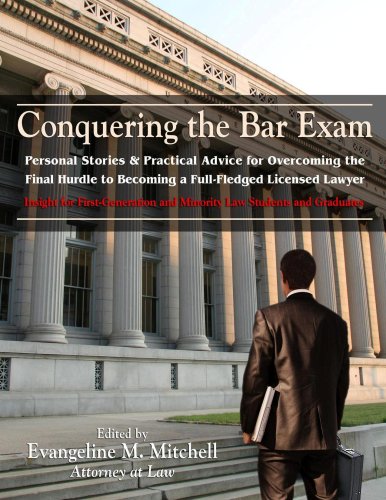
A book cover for Conquering the Bar Exam: Personal Stories & Practical Advice for Overcoming the Final Hurdle to Becoming a Full-Fledged Licensed Lawyer (Insight for ... ... and Minority Law Students and Graduates); Various Lawyers; Test Preparation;